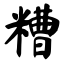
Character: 糟